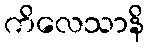
ကိလေသာနိ